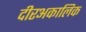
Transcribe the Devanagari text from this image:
दीरअकालिक